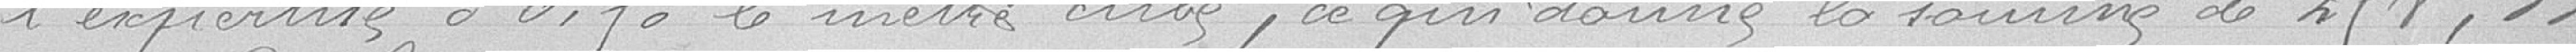
l'expertise à 0, fo le mètre cube, ce qui donne la somme de 200.33